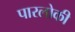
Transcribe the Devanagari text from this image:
पारलोकी